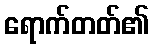
ရောက်တတ်၏